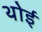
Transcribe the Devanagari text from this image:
थोई